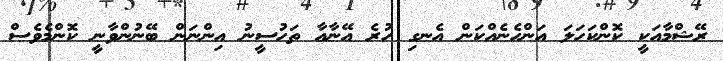
ރޭޝްމާއަކީ ކޮންކަހަލަ އަންހެނެއްކަން އެނގި ހުރެ އޭނާއާ ތަހުސީނު އިންނަން ބޭނުންވާނީ ކޮންމެވެސް